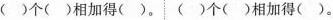
（）个( )相加得( )。( )个( )相加得( )。